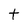
Character: t